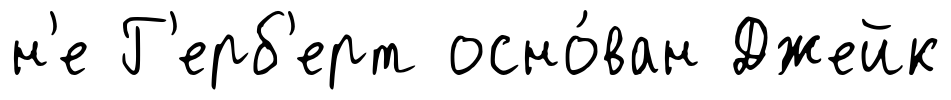
н'е Г'ерб'ерт осно́ван Джейк